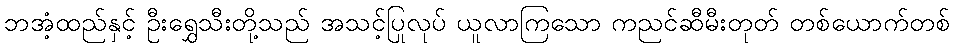
ဘအံ့ထည်နှင့် ဦးရွှေသီးတို့သည် အသင့်ပြုလုပ် ယူလာကြသော ကညင်ဆီမီးတုတ် တစ်ယောက်တစ်